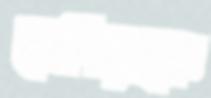
খেদিরাকে